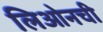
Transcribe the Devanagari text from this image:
लिओनची